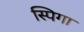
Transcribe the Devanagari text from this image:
स्पिगा